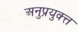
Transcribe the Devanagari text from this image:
अनुप्रयुक्त्त